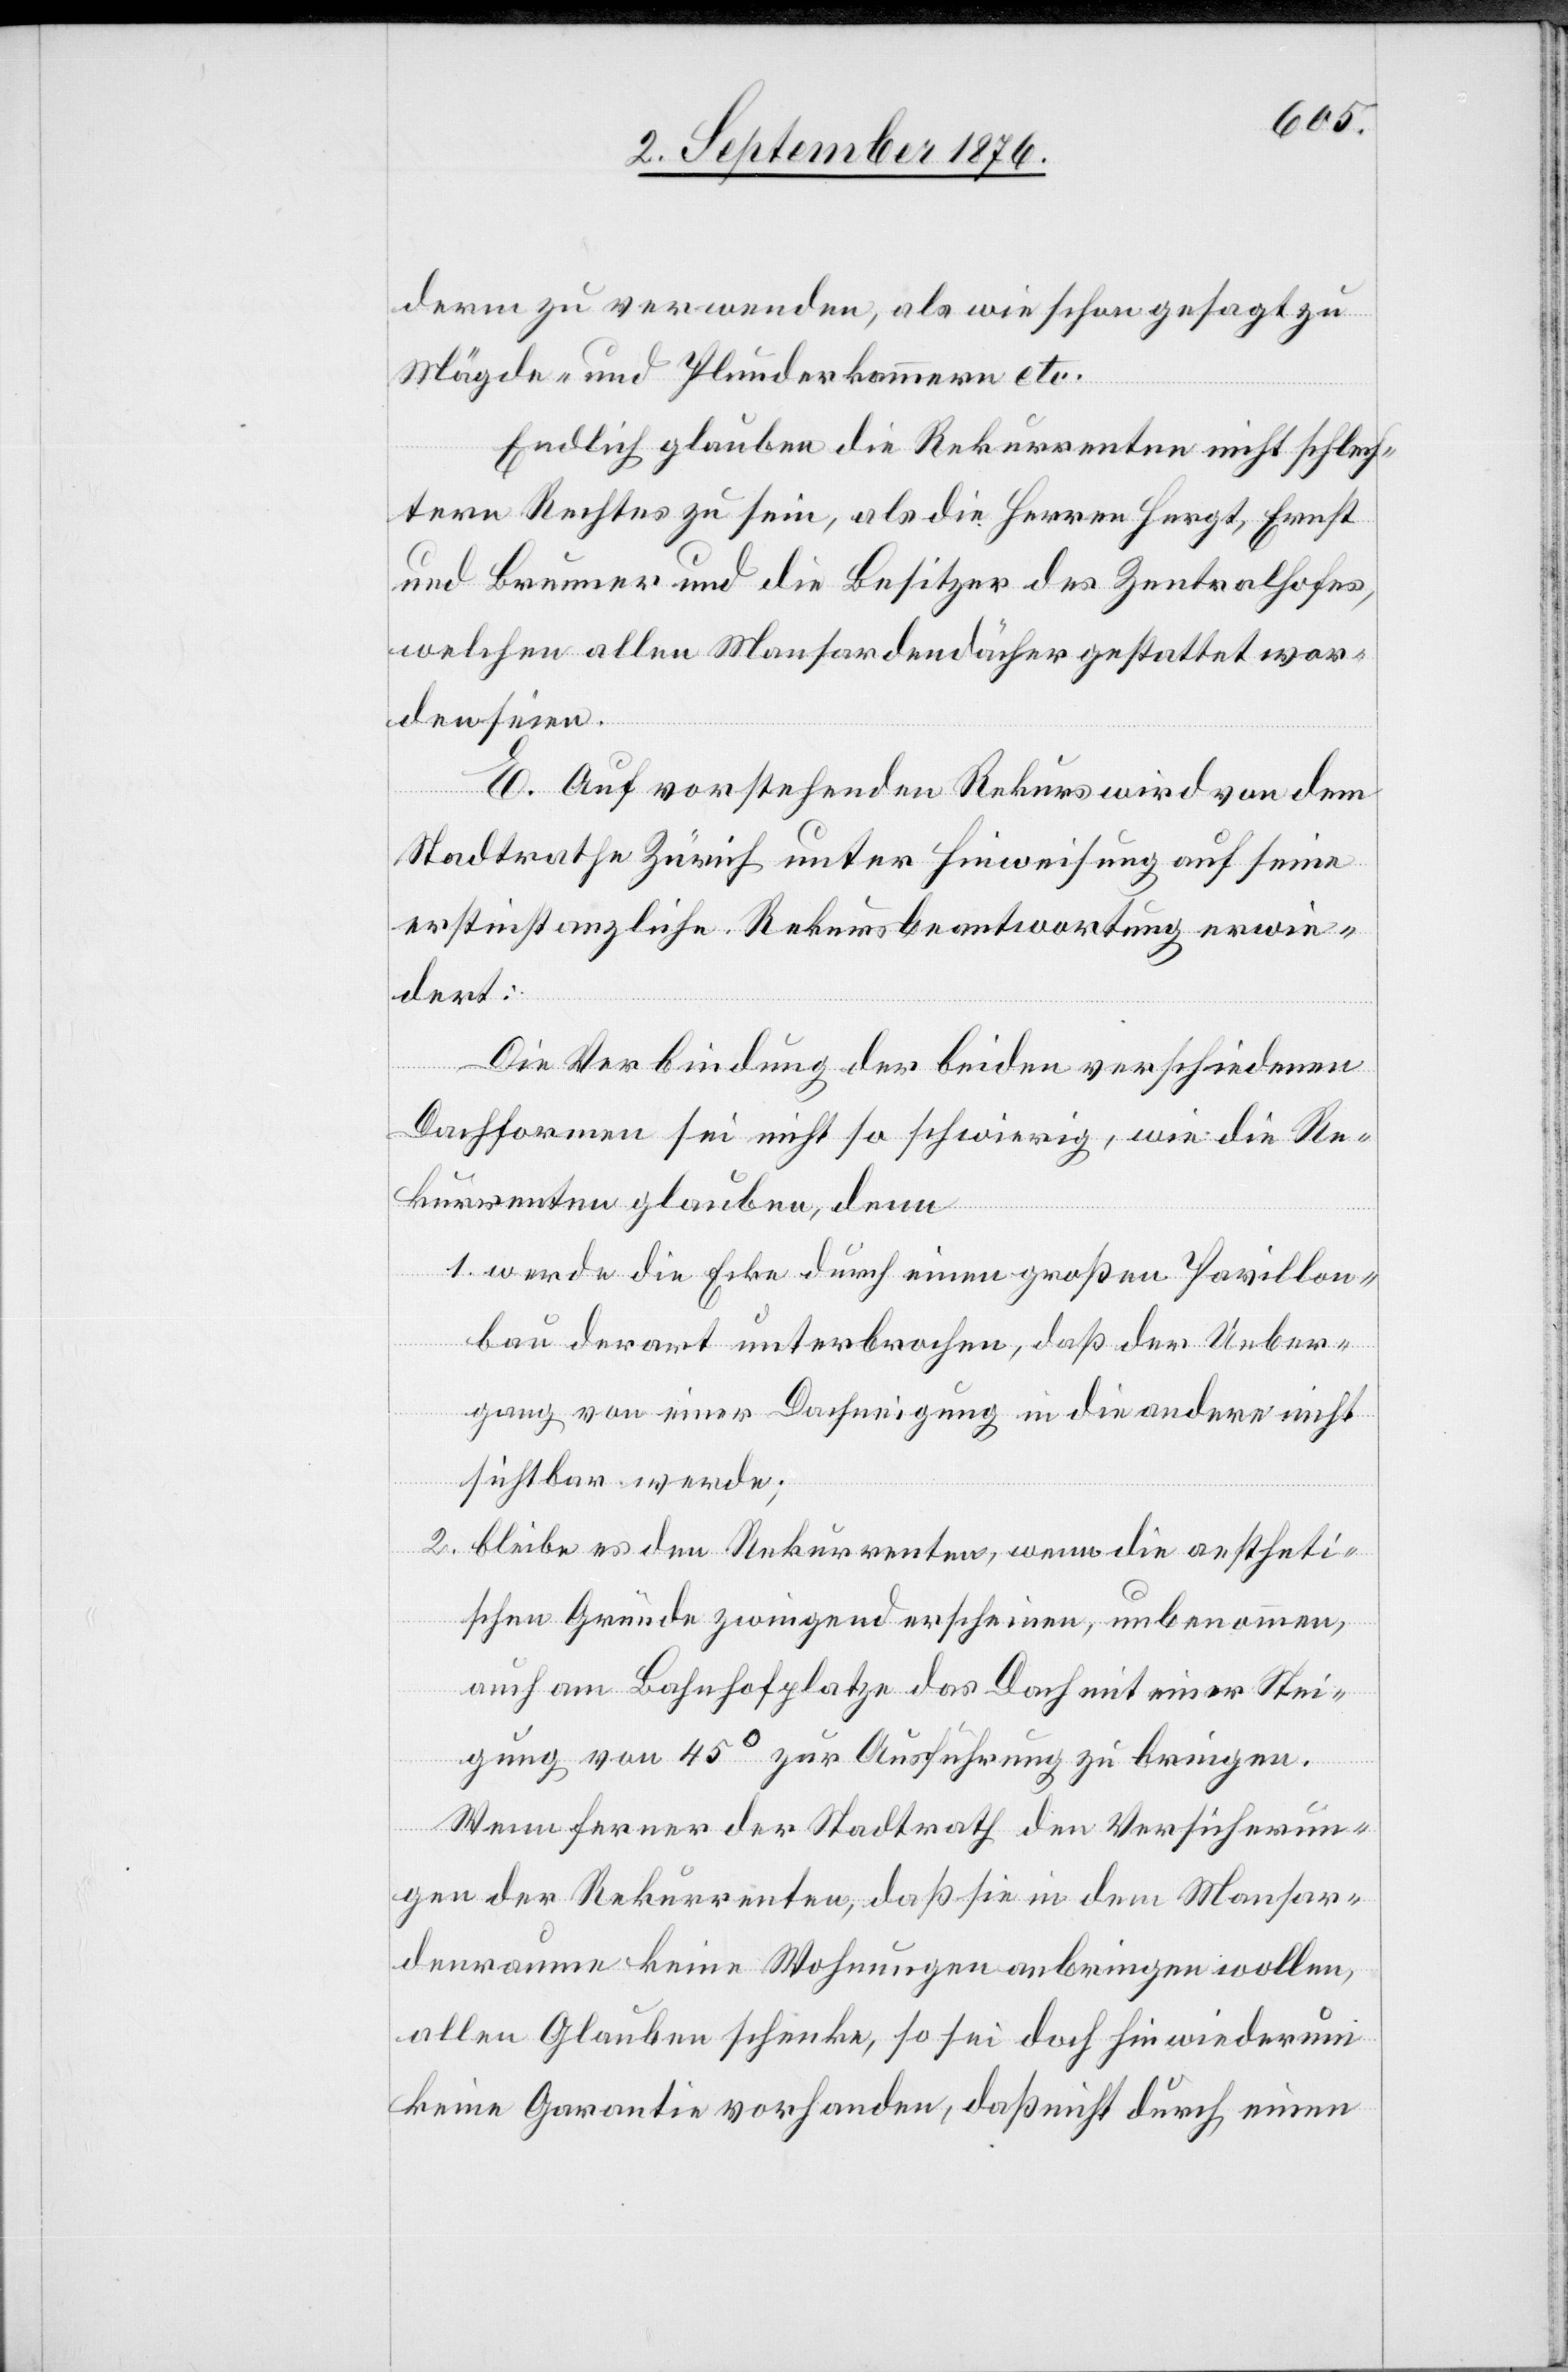
derm zu verwenden, als wie schon gesagt zu
Mägde- und Plunderkammern etc.
Endlich glauben die Rekurrenten nicht schlech¬
tern Rechtes zu sein, als die Herren Hergt, Ernst
und Brunner und die Besitzer des Zentralhofes,
welchen allen Mansardendächern gestattet wor¬
den seien.
E. Auf vorstehenden Rekurs wird von dem
Stadtrathe Zürich unter Hinweisung auf seine
erstinstanzliche Rekursbeantwortung erwie¬
dert:
Die Verbindung der beiden verschiedenen
Dachformen sei nicht so schwierig, wie die Re¬
kurrenten glauben, denn
1. werde die Ecke durch einen großen Pavillon¬
bau derart unterbrochen, daß der Ueber¬
gang von einer Dachneigung in die andere nicht
sichtbar werde;
2. bleibe es den Rekurrenten, wenn die aestheti¬
schen Gründe zwingend erscheinen unbenommen,
auch am Bahnhofplatze das Dach mit einer Stei¬
gung von 45° zur Ausführung zu bringen.
Wenn ferner der Stadtrath den Versicherun¬
gen der Rekurrenten, daß sie in dem Mansar¬
denraume keine Wohnungen anbringen wollen,
allen Glauben schenke, so sei doch hin wiederum
keine Garantie vorhanden, daß nicht durch einen